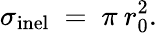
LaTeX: \sigma_{\mathrm{inel}}\ =\ \pi\: r_{0}^{2}.